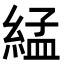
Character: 𦁧